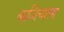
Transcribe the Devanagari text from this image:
कजियाता